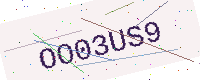
Text: OO03US9